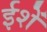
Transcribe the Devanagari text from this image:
ईशें